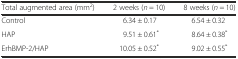
<table><thead><tr><td><b>Total augmented area (mm<sup>2</sup>)</b></td><td><b>2 weeks (<i>n</i> = 10)</b></td><td><b>8 weeks (<i>n</i> = 10)</b></td></tr></thead><tbody><tr><td>Control</td><td>6.34 ± 0.17</td><td>6.54 ± 0.32</td></tr><tr><td>HAP</td><td>9.51 ± 0.61<sup>*</sup></td><td>8.64 ± 0.38<sup>*</sup></td></tr><tr><td>ErhBMP-2/HAP</td><td>10.05 ± 0.52<sup>*</sup></td><td>9.02 ± 0.55<sup>*</sup></td></tr></tbody></table>